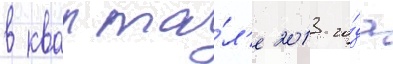
в кварта́л'е 2013 го́да